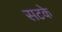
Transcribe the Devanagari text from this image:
सटके